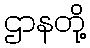
ဌာနတို့